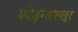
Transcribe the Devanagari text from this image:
कोडुन्ङल्लूर